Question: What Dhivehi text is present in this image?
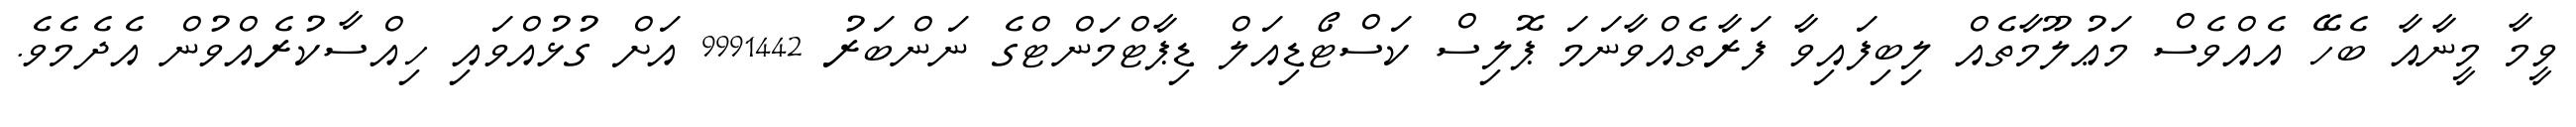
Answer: ވީމާ މީނާއާ ބެހޭ އެއްވެސް މަޢުލޫމާތެއް ލިބިފައިވާ ފަރާތެއްވާނަމަ ޕޮލިސް ކަސްޓޯޑިއަލް ޑިޕާޓްމަންޓްގެ ނަންބަރު 9991442 އަށް ގުޅުއްވައި ހިއްސާކުރެއްވުން އެދެމެވެ.